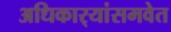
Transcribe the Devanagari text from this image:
अधिकार्‍यांसमवेत